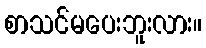
စာသင်မပေးဘူးလား။